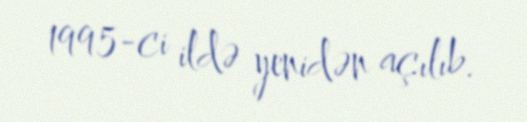
1995-ci ildə yenidən açılıb.